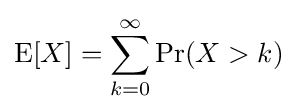
\operatorname {E} [X]=\sum _{k=0}^{\infty }\Pr(X>k)